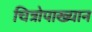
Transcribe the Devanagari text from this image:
चित्रोपाख्यान